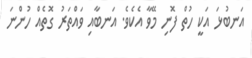
އަނބުޅަ އަކީ ހުތް ފޮނި މޭވާ އެކެވެ. އަނބާއި ވައްތަރު ގޮތެއް ހުންނަ